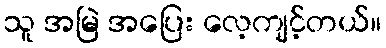
သူ အမြဲ အပြေး လေ့ကျင့်တယ်။